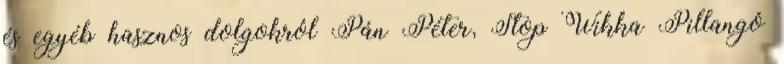
és egyéb hasznos dolgokról Pán Péter, Stop Wikka Pillangó